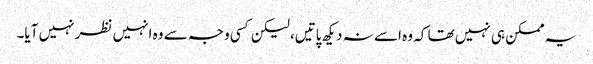
یہ ممکن ہی نہیں تھا کہ وہ اسے نہ دیکھ پاتیں، لیکن کسی وجہ سے وہ انہیں نظر نہیں آیا۔